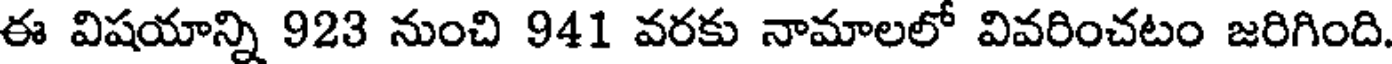
ఈ విషయాన్ని 923 నుంచి 941 వరకు నామాలలో వివరించటం జరిగింది